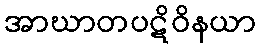
အာဃာတပဋိဝိနယာ